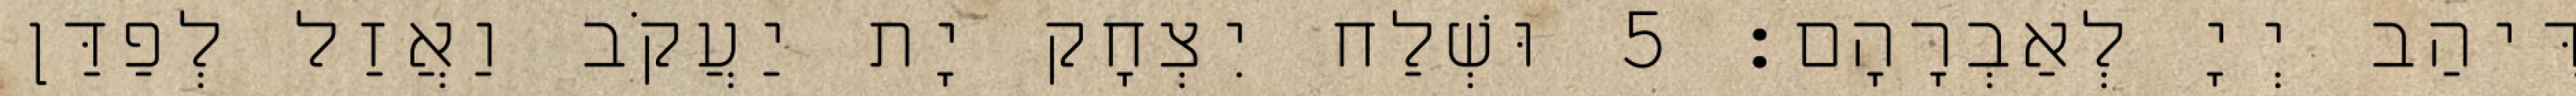
דִּיהַב יְיָ לְאַבְרָהָם׃ 5 וּשְׁלַח יִצְחָק יָת יַעֲקֹב וַאֲזַל לְפַדַּן